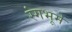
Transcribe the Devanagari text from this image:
रंगभूमे